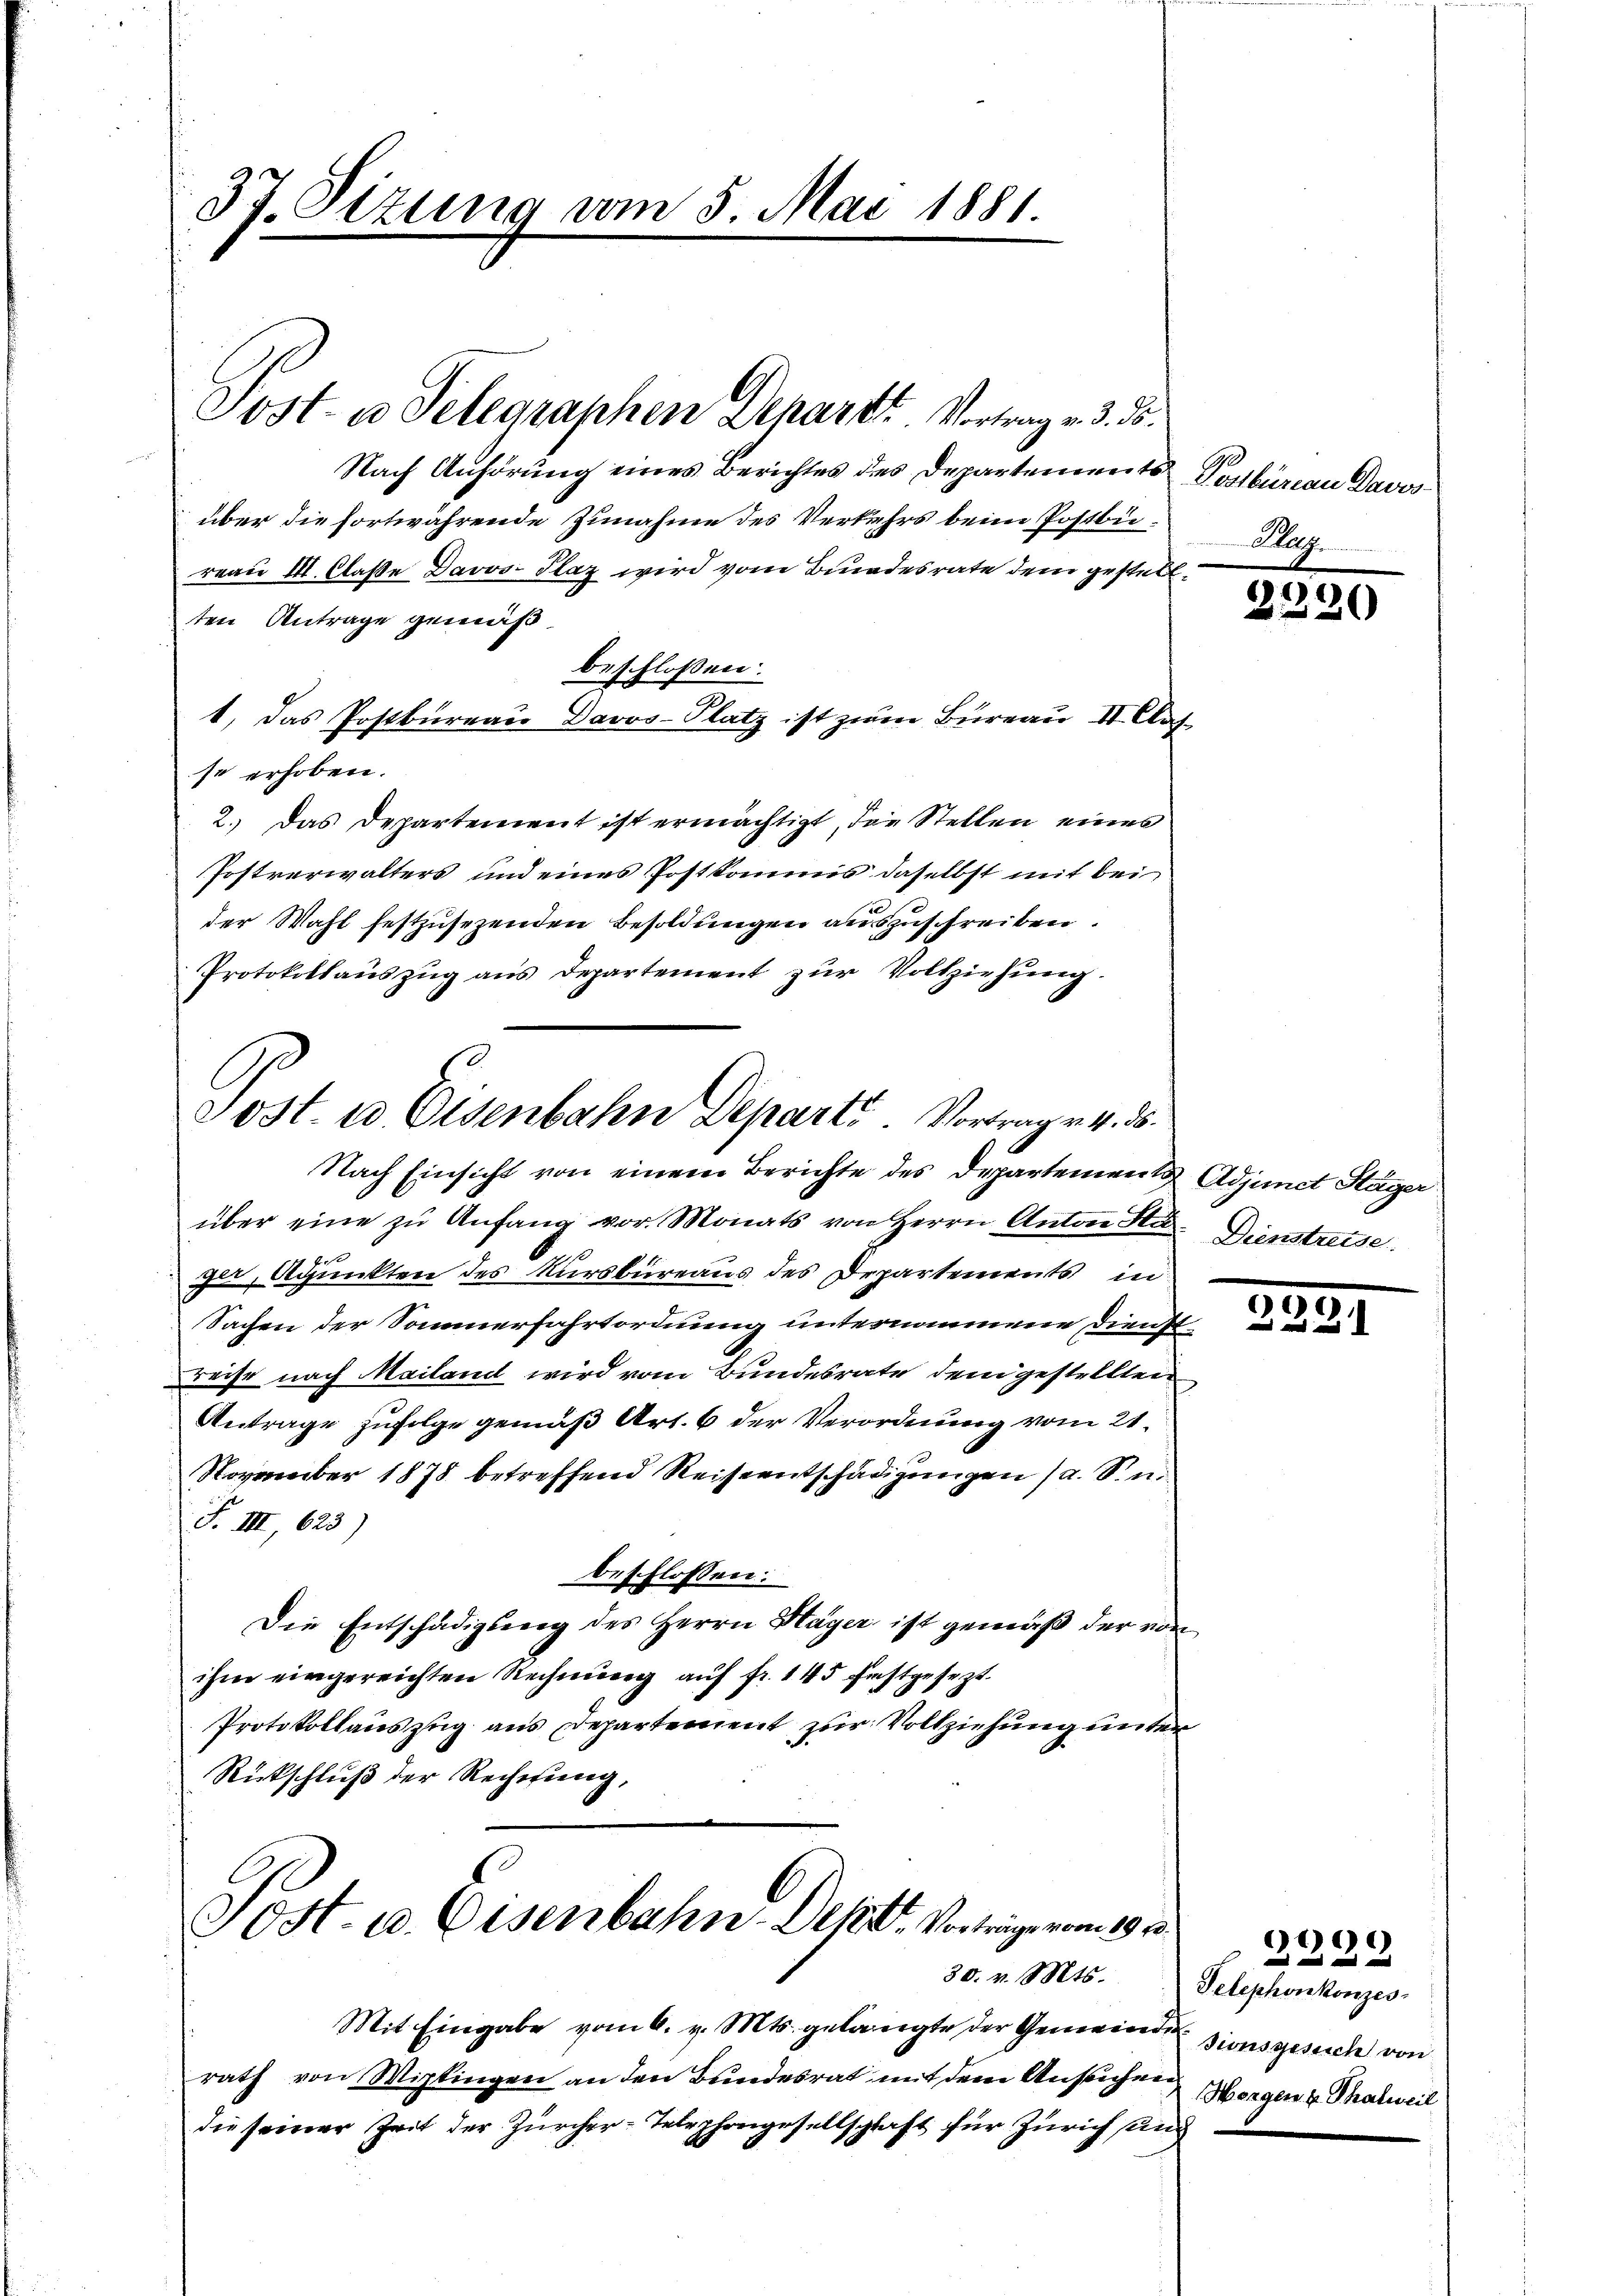
37. Sizung vom 5. Mai 1881.

Post. 10 Eisenbahn Departe. Vortrage v. d.

Post- u. Telegraphen Depart. Vortrag v. 3. ds.
Nach Anhörung eines Berichtes des Departements
über die fortwährende Zunahme des Verkehrs beim Postbureau I. Claße Davos- Plaz wird vom Bundesrate dem gestellten Antrage gemäß
beschlossen:
1. Das Postbureaus Davos-Platz ist zum Bureau II. Clas
se erhoben.
2.) Das Departement ist ermächtigt, die Stellen eines
Postverwalters und eines Postkommis daselbst mit bei
der Wahl festzusezenden Besoldungen auszuschreiben.
Protokollauszug aus Departement zur Vollziehung.
Nach Einsicht von einem Berichte des Departement Adjunct Stäger
über eine zŭ Anfang vor. Monats von Herrn Anton Stat. Dienstreise.
ger, Adjunkten des Kursbüreaus des Departements in
Sachen der Sommerfahrtordnung unternommene Dienstreise nach Mailand wird vom Bundesrate dem gestellten
Antrage zufolge gemäß Art. 6 der Verordnung vom 21.
November 1878 betreffend Reiseentschädigungen (a. Sin
F. III 623)
beschlossen:
Die Entschädigung des Herrn Hager ist gemäß der von
ihm eingereichten Rechnung auf fr. 145 festgesezt.
Protokollauszug aus Departement zur Vollziehung unter
Rückschluß der Rechnung,
Tost. 10. Eisenbahn-Dept. Vorträge vom 19 t.
30. v. Mts.
Mit Eingabe vom 6. v. Mts. gelangte der Gemeinderen Dionsgesuch von
rath von Wipkingen an den Bundesrat mit dem Ansuchen
die seiner Zeit der Zürcher-Telephongesellschaft für Zürich seine

Postbüreau Davos-
Klag

s

2230

339.

299
Telephonkonzes
Morgen z. Thalweil